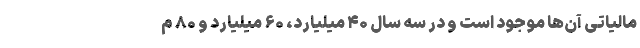
مالیاتی آن‌ها موجود است و در سه سال ۴۰ میلیارد، ۶۰ میلیارد و ۸۰ م